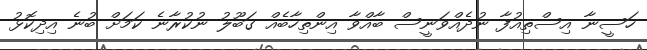
ހަސީނާ އިސްތިއުފާ ނުދެއްވަނީސް ބާއްވާ އިންތިހާބެއް ގަބޫލު ނުކުރާނެ ކަމަށް ބުނެ އިދިކޮޅު